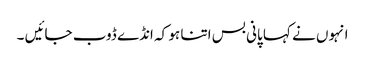
انہوں نے کہا پانی بس اتنا ہو کہ انڈے ڈوب جائیں ۔